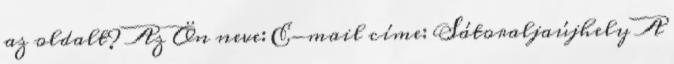
az oldalt? Az Ön neve: E-mail címe: Sátoraljaújhely A